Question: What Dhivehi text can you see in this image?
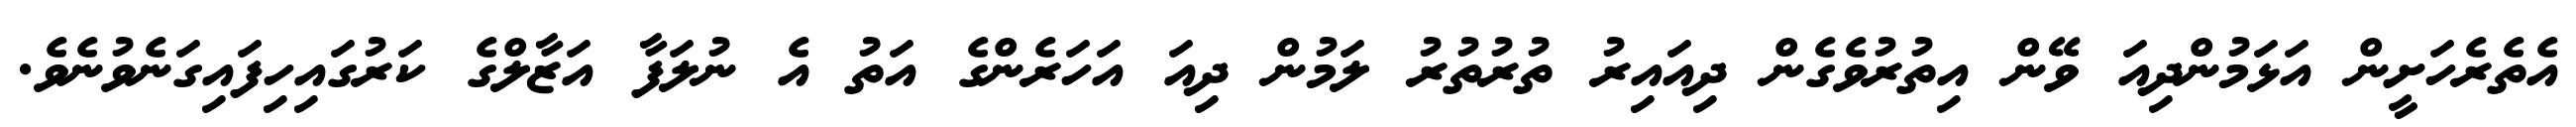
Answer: އެތެރެހަށީން އަޅަމުންދިއަ ވޭން އިތުރުވެގެން ދިއައިރު ތުރުތުރު ލަމުން ދިއަ އަހަރެންގެ އަތު އެ ނުލަފާ އަޒާލްގެ ކަރުގައިހިފައިގަނެވުނެވެ.